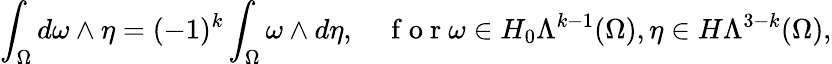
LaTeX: \int_{\Omega}d\omega\wedge\eta=(-1)^{k}\int_{\Omega}\omega\wedge d\eta,\quad\mathrm{~f~o~r~}\omega\in H_{0}\Lambda^{k-1}(\Omega),\eta\in H\Lambda^{3-k}(\Omega),